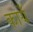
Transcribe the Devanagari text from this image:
कायँ